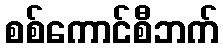
စစ်ကောင်စီဘက်